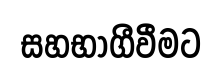
සහභාගීවීමට